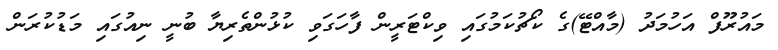
މައުރޫފް އަހުމަދު (މާއްޓޭ)ގެ ކޯޗުކަމުގައި ވިކްޓަރީން ފާހަގަވި ކުޅުންތެރިޔާ ބުނީ ނިއުގައި މަޑުކުރަން